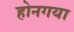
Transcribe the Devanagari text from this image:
होनगया